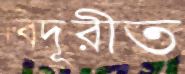
বিদূরীত